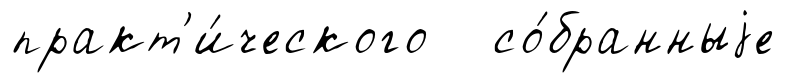
практ'и́ческого со́бранныjе